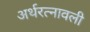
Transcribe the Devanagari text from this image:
अर्थरत्नावली